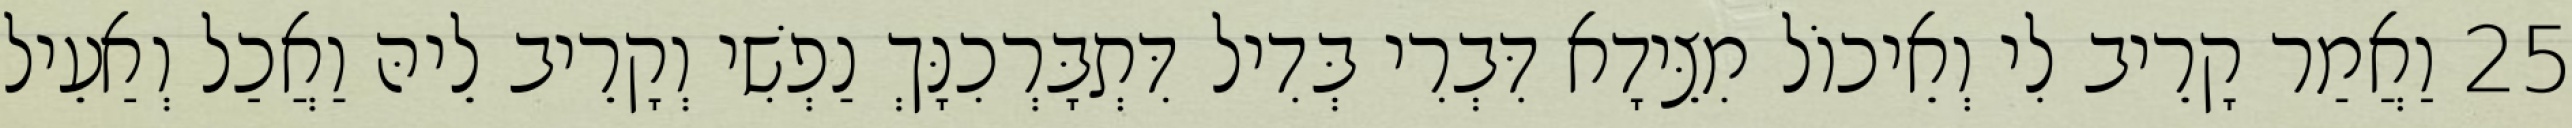
25 וַאֲמַר קָרֵיב לִי וְאֵיכוֹל מִצֵּידָא דִּבְרִי בְּדִיל דִּתְבָּרְכִנָּךְ נַפְשִׁי וְקָרֵיב לֵיהּ וַאֲכַל וְאַעֵיל